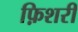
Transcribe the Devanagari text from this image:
फ़िशरी